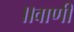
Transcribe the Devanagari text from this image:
॥वाणी